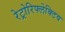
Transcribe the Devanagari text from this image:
रेट्रोरिफ्लेक्टिव